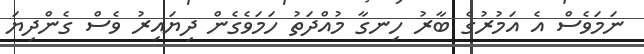
ނަމަވެސް އެ އަމުރުގެ ބާރު ހިނގާ މުއްދަތު ހަމަވެގެން ދިޔައިރު ވެސް ގެންދިޔަ